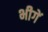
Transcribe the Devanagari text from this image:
भीगें